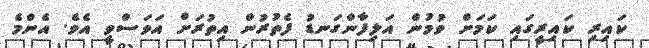
ކައިރި ކައިރީގައި ކަމަށް ވުމުން އަލިފާންގަނޑު ފެތުރުން އިތުރަށް އަވަސްވީ އެވެ. އެންމެ